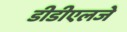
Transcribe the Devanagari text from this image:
डीडीएलजे